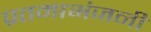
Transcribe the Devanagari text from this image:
प्रतमाभंजनी